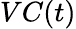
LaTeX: VC(t)